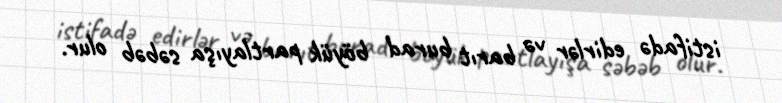
istifadə edirlər və barıt burad böyük partlayışa səbəb olur.